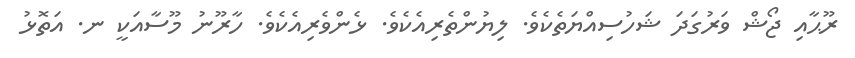
ރޫޙާއި ޖޯޝް ވަރުގަދަ ޝަހުސިއްޔަތެކެވެ. ލިޔުންތެރިއެކެވެ. ޅެންވެރިއެކެވެ. ހާރޫނު މޫސާއަކީ ނ. އަތޮޅު